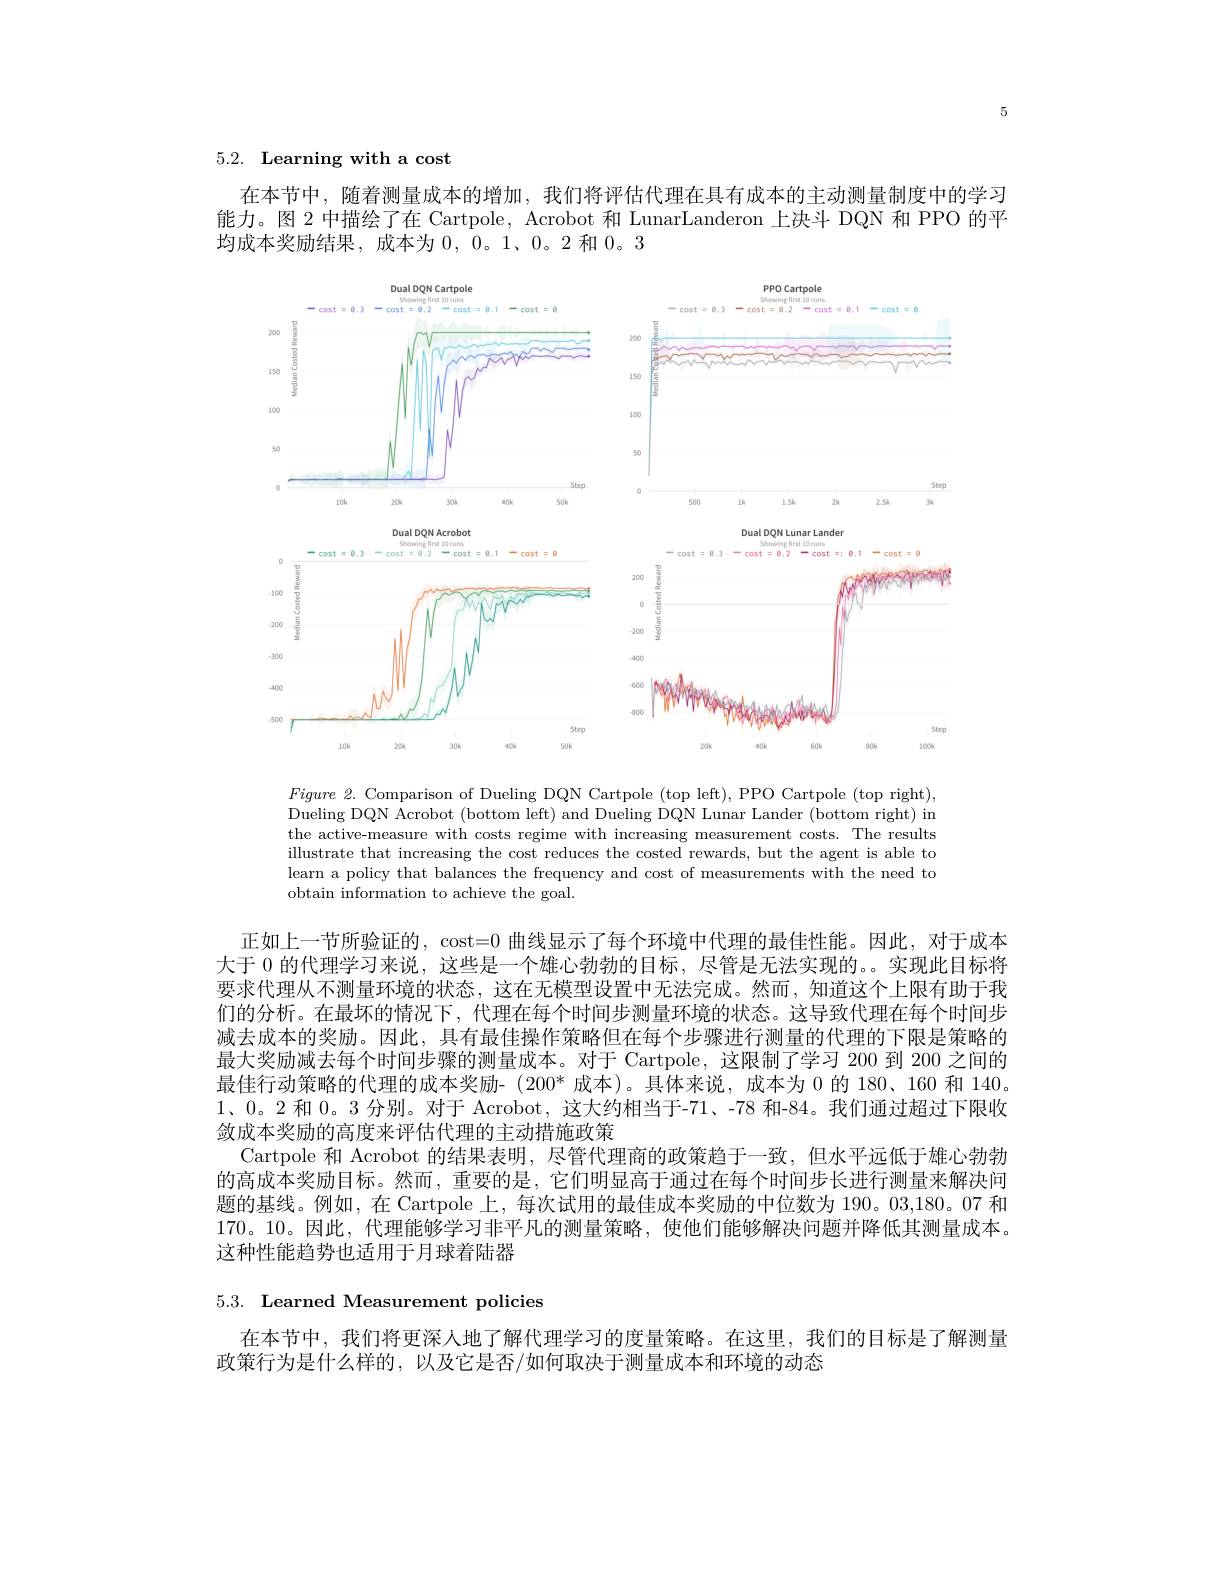
5

# $5. 2. \textbf{Learning with a cost}$

在本节中，随着测量成本的增加，我们将评估代理在具有成本的主动测量制度中的学习能力。图 2 中描绘了在 Cartpole, Acrobot 和 LunarLanderon 上决斗 DQN 和 PPO 的平均成本奖励结果，成本为$0,0。1、0。2$和0。3

<FigureHere>

Figure 2. Comparison of Dueling DQN Cartpole (top left), PPO Cartpole (top right), Dueling DQN Acrobot (bottom left) and Dueling DQN Lunar Lander (bottom right) in the active-measure with costs regime with increasing measurement costs. The results illustrate that increasing the cost reduces the costed rewards, but the agent is able to learn a policy that balances the frequency and cost of measurements with the need to obtain information to achieve the goal.

正如上一节所验证的，cost=0 曲线显示了每个环境中代理的最佳性能。因此，对于成本大于 0 的代理学习来说，这些是一个雄心勃勃的目标，尽管是无法实现的。。实现此目标将要求代理从不测量环境的状态，这在无模型设置中无法完成。然而，知道这个上限有助于我们的分析。在最坏的情况下，代理在每个时间步测量环境的状态。这导致代理在每个时间步减去成本的奖励。因此，具有最佳操作策略但在每个步骤进行测量的代理的下限是策略的最大奖励减去每个时间步骤的测量成本。对于 Cartpole, 这限制了学习 200 到 200 之间的最佳行动策略的代理的成本奖励-(200* 成本)。具体来说，成本为 0 的 180、160 和 140。$1、0$。2 和0。3 分别。对于 Acrobot, 这大约相当于-71、-78 和-84。我们通过超过下限收敛成本奖励的高度来评估代理的主动措施政策
Cartpole 和 Acrobot 的结果表明，尽管代理商的政策趋于一致，但水平远低于雄心勃勃的高成本奖励目标。然而，重要的是，它们明显高于通过在每个时间步长进行测量来解决问题的基线。例如，在 Cartpole 上，每次试用的最佳成本奖励的中位数为 190。03,180。07 和170。10。因此，代理能够学习非平凡的测量策略，使他们能够解决问题并降低其测量成本。这种性能趋势也适用于月球着陆器

$5. 3. \textbf{ Learned Measurement policies}$

在本节中，我们将更深人地了解代理学习的度量策略。在这里，我们的目标是了解测量
政策行为是什么样的，以及它是否/如何取决于测量成本和环境的动态